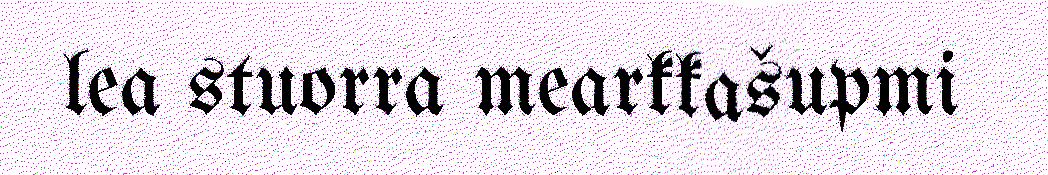
lea stuorra mearkkašupmi